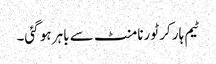
ٹیم ہار کر ٹورنامنٹ سے باہر ہو گئی۔